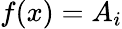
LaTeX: f(x)=A_{i}